Civil Veterinary Department Bihar reports 1940-50 - 1940-1950
Year: 1940
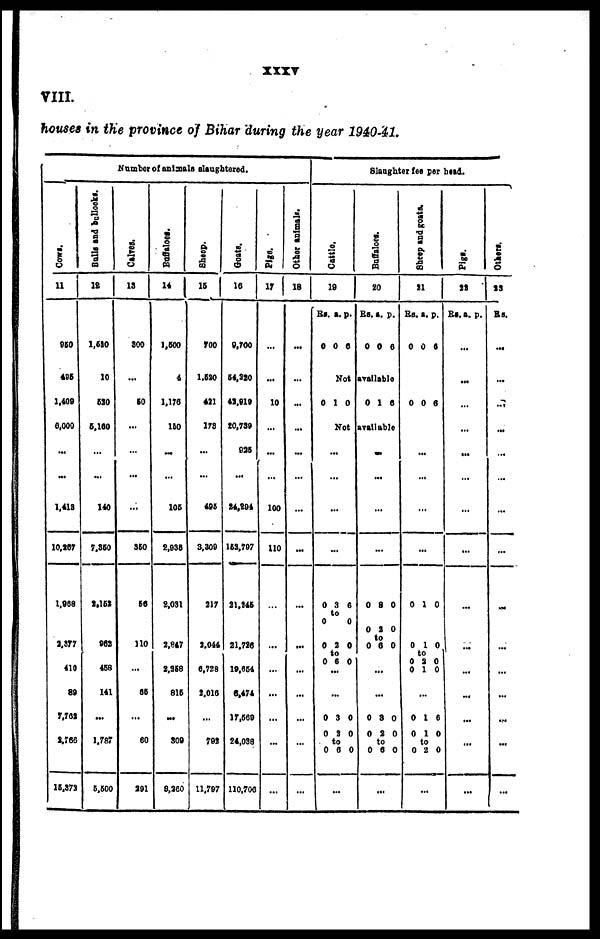
xxxv
VIII.
houses in the province of Bihar during the year 1940-41.
Number of animals slaughtered.
Cows.
11
950
495
1,400
6,000
...
...
1,418
10,267
1,968
2,377
410
89
7,762
2,766
15,372
Bulls
and bullocks.
12
1,520
10
610
5,160
...
...
140
7,350
2,152
962
468
141
...
1,787
6,600
Calves.
13
800
...
60
...
...
...
...
360
66
110
...
65
...
60
291
Buffaloes.
14
1,500
4
1,176
160
...
...
106
2,935
2,031
2,847
2,358
816
...
309
8,760
sheep.
15
700
1,520
431
178
...
...
495
3,309
317
3,044
6,728
2,016
...
793
11,797
Goats
16
9,700
54,220
42,919
20,739
936
...
24,294
163,797
21,245
21,726
19,654
6,474
17,669
24,038
110,700
Pigs.
17
...
...
10
...
...
...
100
110
...
...
...
...
...
...
...
Other animals.
18
...
...
...
...
...
...
...
...
...
...
...
...
...
...
...
Slaughter fee per bead.
Cat t l e.
19
Rs.
0
a.
0
p.
6
Buffaloes.
20
Rs.
0
a.
0
p.
6
Not available
0 1 0
0 1 6
Not available
...
...
...
...
0 3 6
to
0
0
0 2 0
to
0 6 0
...
...
0 3 0
0 2 0
to
0 6 0
...
...
...
...
...
0 8 0
0 2 0
to
0 6 0
...
...
0 8 0
0 2 0
to
0 6 0
...
Sheep and goats.
21
Rs.
0
a.
0
p.
6
0 0 6
...
...
...
...
0 1 0
0 1 0
to
0 2 0
0 1 0
...
0 1 6
0 1 0
to
0 2 0
...
Pi gs.
22
Rs. a. p.
...
...
...
...
...
...
...
...
...
...
...
...
...
...
...
Others
23
Rs.
...
...
...
...
...
...
...
...
...
...
...
...
...
...
...